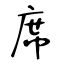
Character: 席